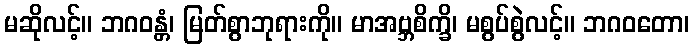
မဆိုလင့်။ ဘဂဝန္တံ၊ မြတ်စွာဘုရားကို။ မာအဗ္ဘစိက္ခိ၊ မစွပ်စွဲလင့်။ ဘဂဝတော၊